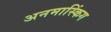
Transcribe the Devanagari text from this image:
अनमास्किंग